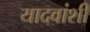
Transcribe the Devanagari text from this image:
यादवांशी